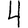
Digit: 4